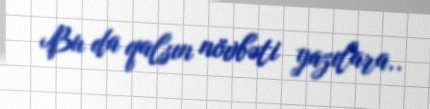
Bu da qalsın növbəti yazılara..